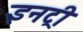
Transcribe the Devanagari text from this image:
इनट्री